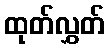
ထုတ်လွှတ်